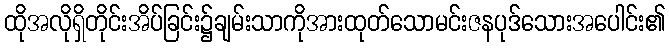
ထိုအလိုရှိတိုင်းအိပ်ခြင်း၌ချမ်းသာကိုအားထုတ်သောမင်းဇနပုဒ်သေားအပေါင်း၏